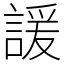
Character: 諼